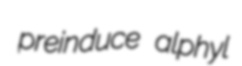
preinduce alphyl